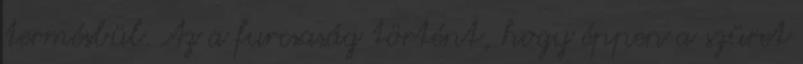
termésbül. Az a furcsaság történt, hogy éppen a szüret